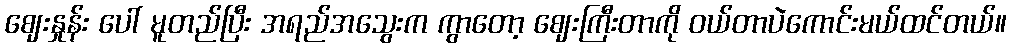
ဈေးနှုန်း ပေါ် မူတည်ပြီး အရည်အသွေးက ကွာတော့ ဈေးကြီးတာကို ဝယ်တာပဲကောင်းမယ်ထင်တယ်။